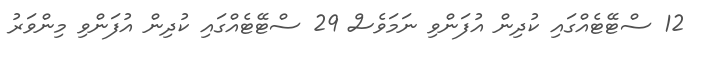
12 ސްޓޭޓެއްގައި ކުދިން އުފަންވި ނަމަވެސް 29 ސްޓޭޓެއްގައި ކުދިން އުފަންވި މިންވަރު